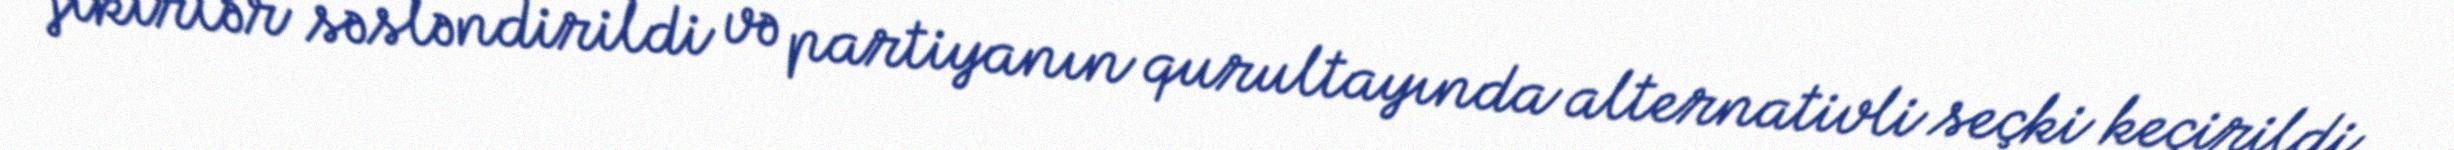
fikirlər səsləndirildi və partiyanın qurultayında alternativli seçki keçirildi.